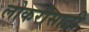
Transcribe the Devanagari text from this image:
लोकरीसाठी